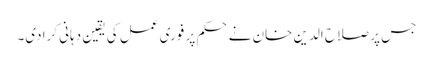
جس پر صلاح الدین خان نے حکم پر فوری عمل کی یقین دہانی کرادی۔